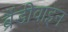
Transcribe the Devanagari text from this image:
ब्रैंडीवाइन